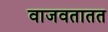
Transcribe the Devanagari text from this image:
वाजवतातत